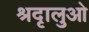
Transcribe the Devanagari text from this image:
श्रदृालुओ